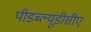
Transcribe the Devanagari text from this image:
पीडब्ल्यूडीसीए